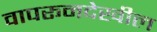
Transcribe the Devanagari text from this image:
वापरूनदेखील